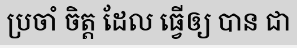
ប្រចាំ ចិត្ត ដែល ធ្វើឲ្យ បាន ជា